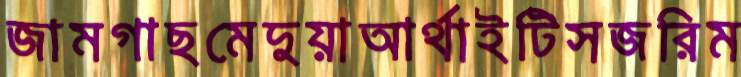
জামগাছমেদুয়াআর্থাইটিসজরিম